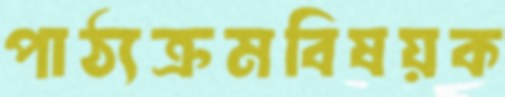
পাঠ্যক্রমবিষয়ক